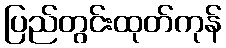
ပြည်တွင်းထုတ်ကုန်